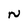
Character: N